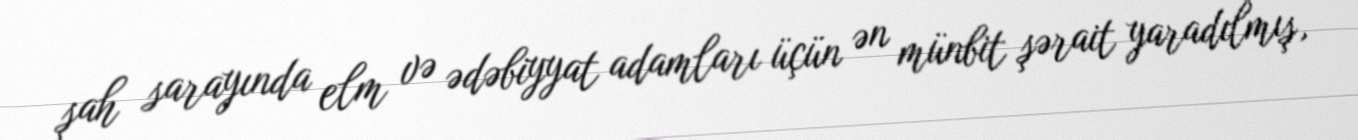
şah sarayında elm və ədəbiyyat adamları üçün ən münbit şərait yaradılmış,